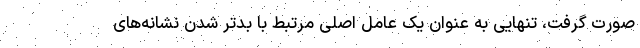
صورت گرفت، تنهایی به عنوان یک عامل اصلی مرتبط با بدتر شدن نشانه‌های